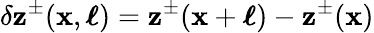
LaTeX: \delta\mathbf{z}^{\pm}(\mathbf{x},\boldsymbol{\ell})=\mathbf{z}^{\pm}(\mathbf{x}+\boldsymbol{\ell})-\mathbf{z}^{\pm}(\mathbf{x})